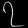
Digit: ၇